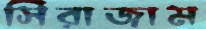
সিরাজাম